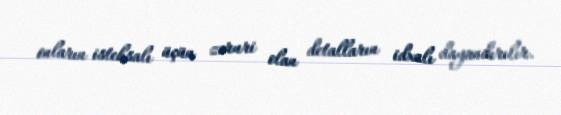
onların istehsalı üçün zəruri olan detalların idxalı dayandırılır.